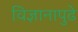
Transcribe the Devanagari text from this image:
विज्ञानापुढे